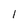
Character: 1